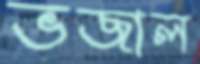
ভজাল